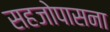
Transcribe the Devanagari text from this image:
सहजोपासना